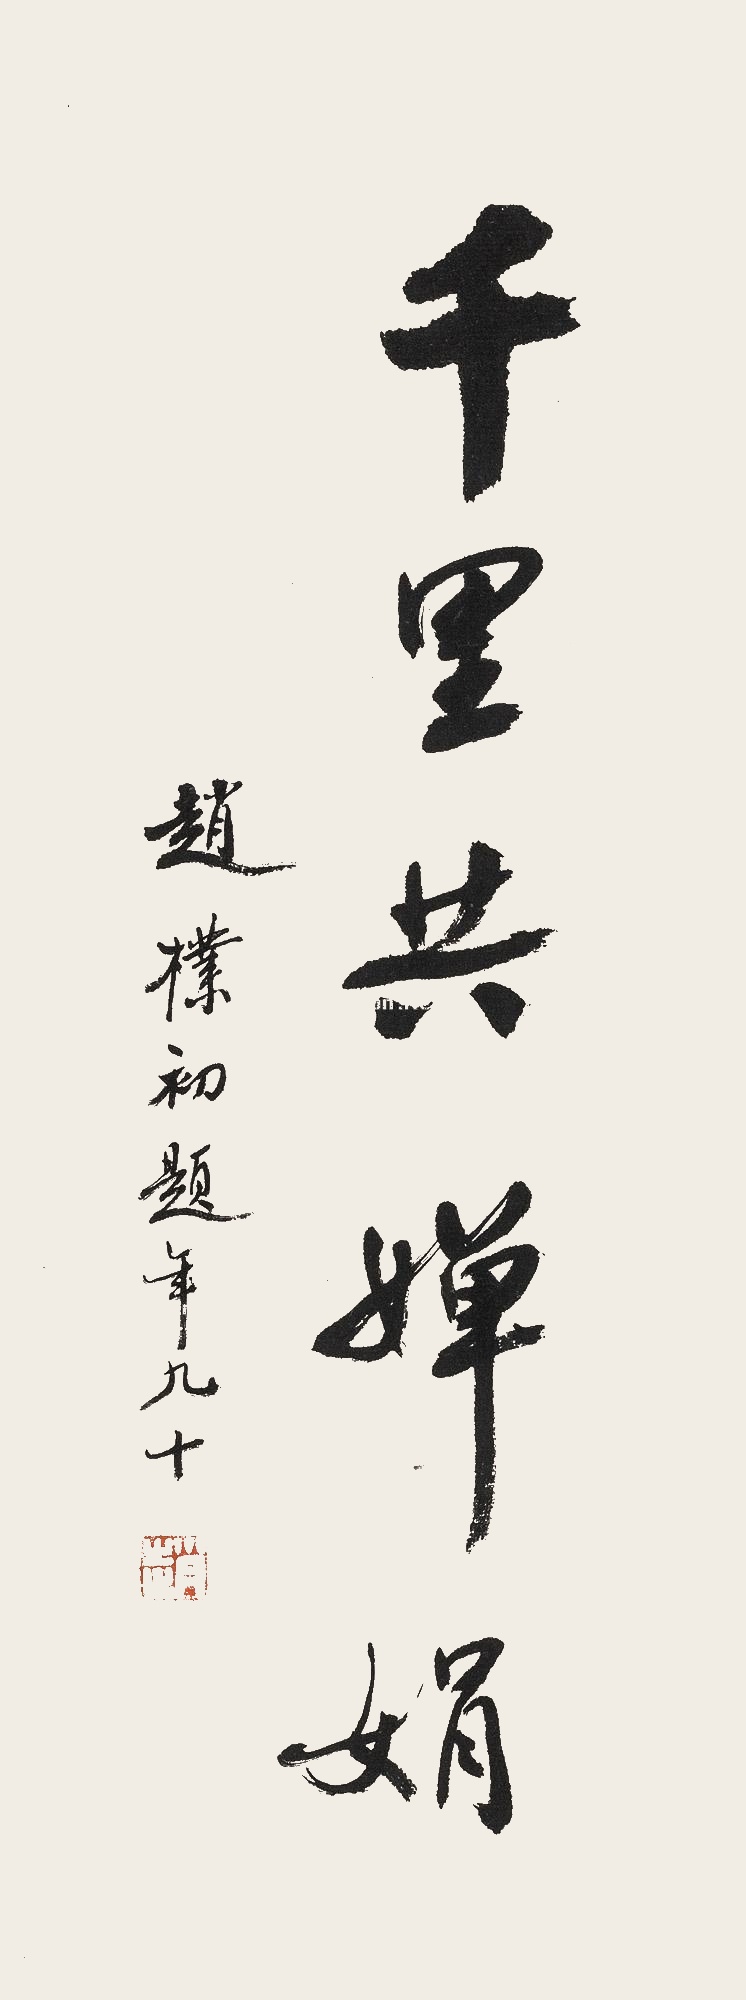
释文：千里共婵娟赵朴初题，年九十。